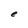
Character: e